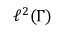
\ell ^ { 2 } ( \Gamma )